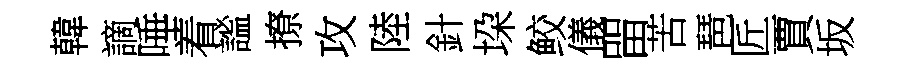
韓謫唾着謐撩攻陸針垜鲛儀㽞苦琶匠賈坂